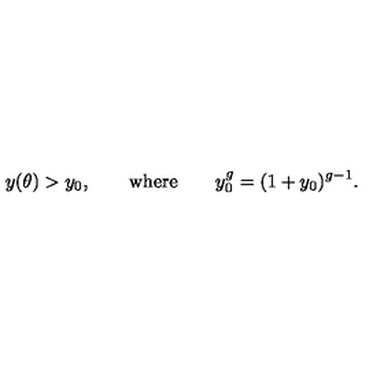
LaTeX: y ( \theta ) > y _ { 0 } , \qquad \mathrm { w h e r e } \qquad y _ { 0 } ^ { g } = ( 1 + y _ { 0 } ) ^ { g - 1 } .